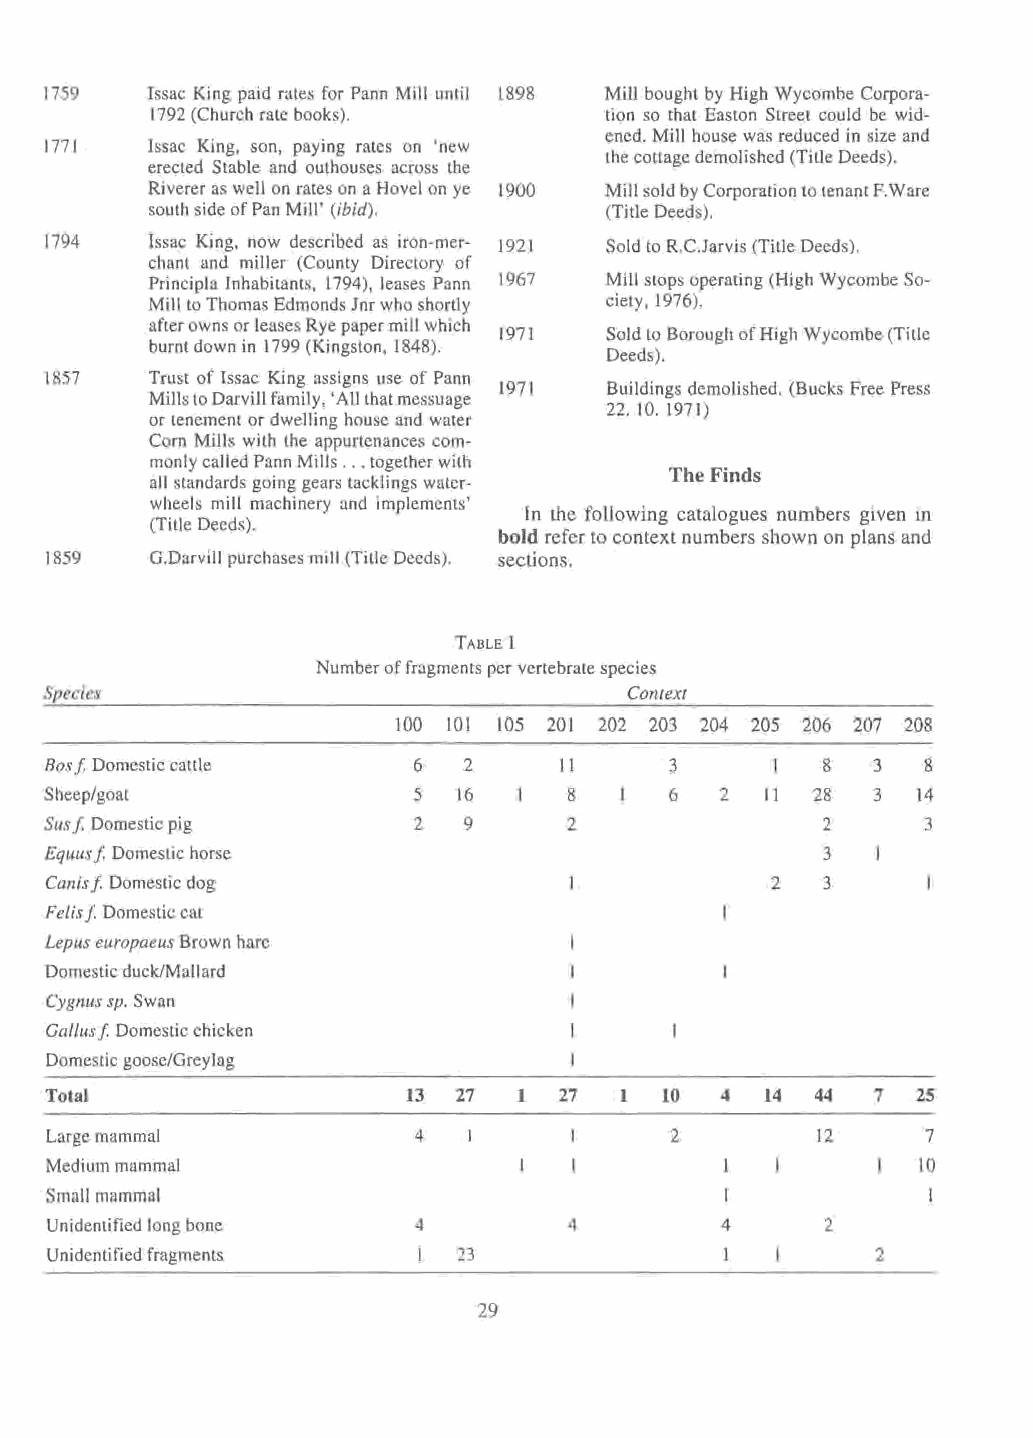
1759   Issac King paid rates for Pann Mill until 1898 Mill bought by High Wycombe Corpora-
 1792 (Church rate books).     tion so that Easton Street could be wid-
 ened. Mill house was reduced in size and
 1771   Issac King, son, paying rates on 'new
 the cottage demolished (Title Deeds).
 erected Stable and outhouses across the
 Riverer as well on rates on a Hovel on ye 1900 Mill sold by Corporation to tenant F.W are
 south side of Pan Mill' (ibid). (Title Deeds).
 1794   Issac King, now described as iron-mer- 1921 Sold to R.C.Jarvis (Title Deeds).
 chant and miller (County Directory of
 Principia Inhabitants, 1794), leases Pann 1967 Mill stops operating (High Wycombe So-
 Mill to Thomas Edmonds Jnr who shortly ciety, 1976).
 after owns or leases Rye paper mill which
 1971   Sold to Borough of High Wycombe (Title
 burnt down in 1799 (Kingston, 1848).
 Deeds).
 1857   Trust of Issac King assigns use of Pann
 1971   Buildings demolished. (Bucks Free Press
 Mills to Darvill family, 'All that messuage
 22. 10. 1971)
 or tenement or dwelling house and water
 Corn Mills with the appurtenances com-
 monly called Pann Mills ... together with
 The Finds
 all standards going gears tacklings water-
 wheels mill machinery and implements'
 In the following catalogues numbers given in
 (Title Deeds).
 bold refer to context numbers shown on plans and
 1859   G.Darvill purchases mill (Title Deeds). sections.
 TABLE I
 Number of fragments per vertebrate species
 Species                                Context
 100 101 105 201 202 203 204 205 206 207 208
 Bas f Domestic cattle    6  2     II     3      I   8  3  8
 Sheep/goat               5 16      8  1  6   2  11 28  3  14
 Susf Domestic pig        2  9      2                2     3
 Equus f Domestic horse                              3
 Canis f Domestic dog                            2   3
 Felisf Domestic cat
 Lepus europaeus Brown hare
 Domestic duck/Mallard
 Cygnus sp. Swan
 Gallus f Domestic chicken
 Domestic goose/Greylag
 Total                   13 27  1  27  1  10  4  14 44  7  25
 Large mammal             4                2        12     7
 Medium mammal                                             10
 Small mammal                                 I
 Unidentified long bone   4         4         4      2
 Unidentified fragments     23                          2
 29